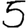
Digit: 5